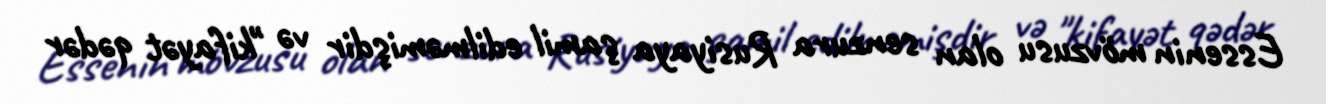
Essenin mövzusu olan senzura Rusiyaya şamil edilməmişdir və "kifayət qədər